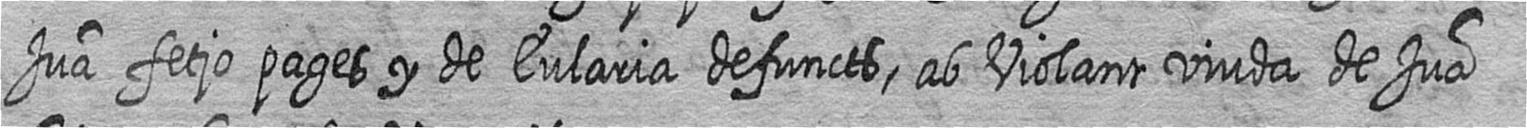
Jua fetjo pages y de Eularia defuncts ab Violant viuda de Jua